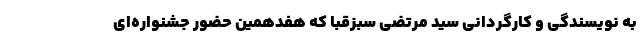
به نویسندگی و کارگردانی سید مرتضی سبزقبا که هفدهمین حضور جشنواره‌ای